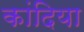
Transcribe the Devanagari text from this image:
कांदिया